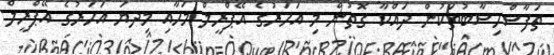
ތަފާސްހިސާބުތަކުން ދައްކާ ގޮތުން މި އަހަރުގެ އޭޕްރީލް މަހާއި މިދޔަ އަހަރުގެ އޭޕްރީލް